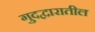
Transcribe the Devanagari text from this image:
गुदद्वारातील